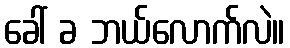
ခေါ် ခ ဘယ်လောက်လဲ။